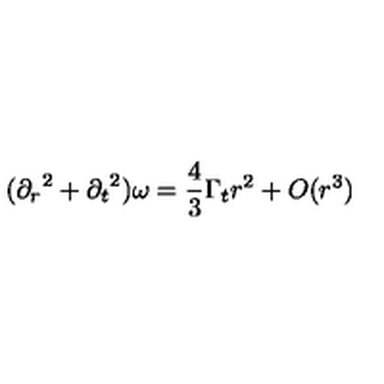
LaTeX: ( { \partial _ { r } } ^ { 2 } + { \partial _ { t } } ^ { 2 } ) \omega = \frac { 4 } { 3 } \Gamma _ { t } r ^ { 2 } + O ( r ^ { 3 } )